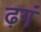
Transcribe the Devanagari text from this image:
ढ़गं